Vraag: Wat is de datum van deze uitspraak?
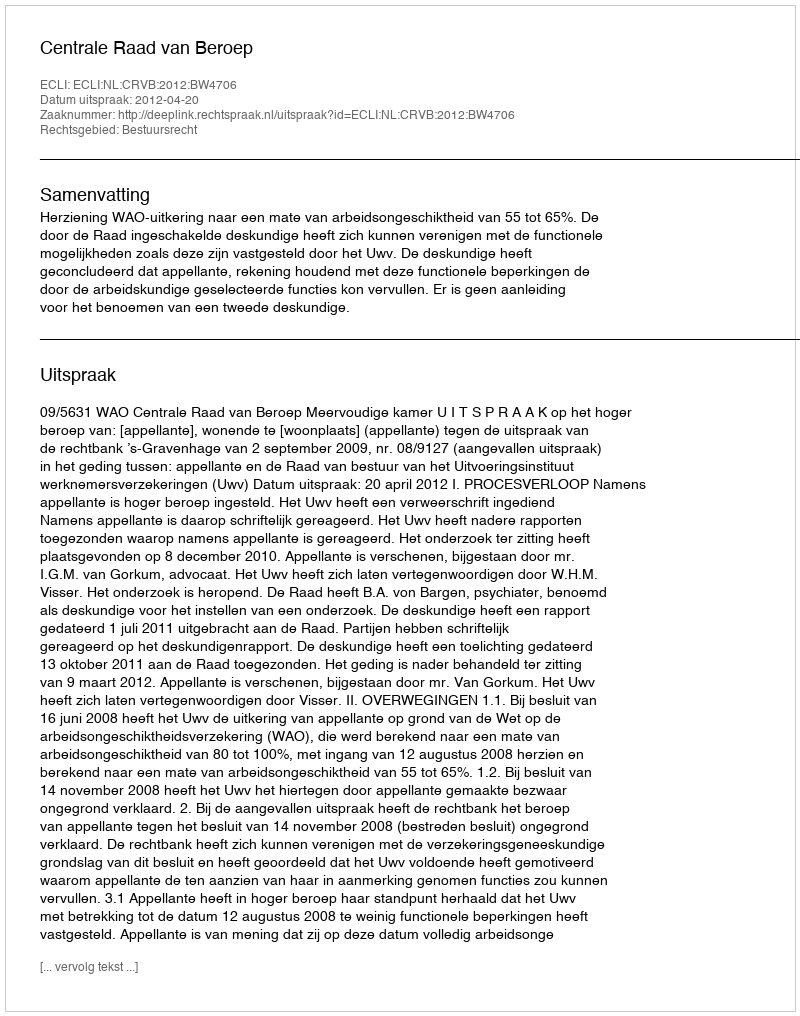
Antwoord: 2012-04-20